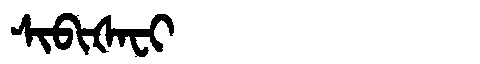
Manchu: ᠰᡳᠪᡳᡧᠠᠸᡳ
Romanization: SIBIŠAFI